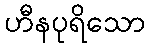
ဟီနပုရိသော